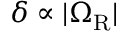
\delta \propto | \Omega _ { \mathrm { R } } |